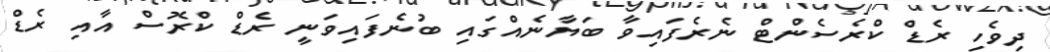
ދިވެހި ރެޑް ކްރެސެންޓް ނެރެފައިވާ ބަޔާނެއްގައި ބުނެފައިވަނީ ރެޑް ކްރޮސް އާއި ރެޑް